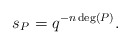
\begin{align*} s_P = q^{-n\deg(P)}. \end{align*}